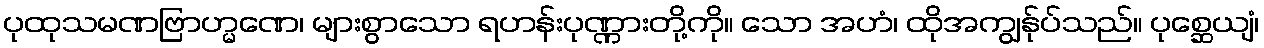
ပုထုသမဏဗြာဟ္မဏေ၊ များစွာသော ရဟန်းပုဏ္ဏားတို့ကို။ သော အဟံ၊ ထိုအကျွန်ုပ်သည်။ ပုစ္ဆေယျံ၊